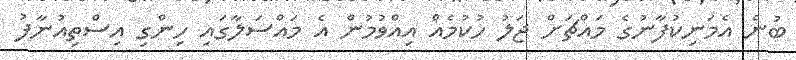
ބުނެ އެމަނިކުފާނުގެ މައްޗަށް ޖަލު ހުކުމެއް އިއްވުމުން އެ މައްސަލާގައި ހިންގި އިސްތިއުނާފު